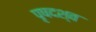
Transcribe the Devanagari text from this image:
पृषदश्व